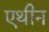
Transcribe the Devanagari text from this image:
एथीन